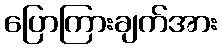
ပြောကြားချက်အား